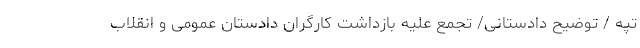
تپه / توضیح دادستانی/ تجمع علیه بازداشت کارگران دادستان عمومی و انقلاب